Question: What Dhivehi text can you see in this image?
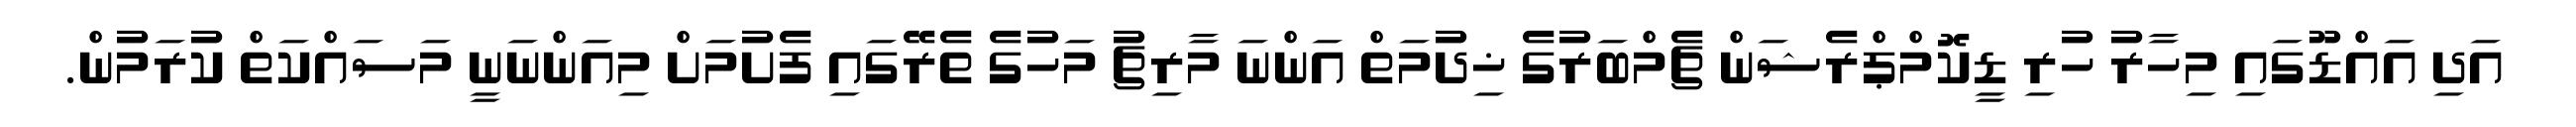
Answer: އަދި އައްޑޫގައި މިހާރު ހުރި ޑީކޮމްޕްރެޝަން ޗެމްބަރުގެ ޚިދުމަތް އަންނަ މާރިޗު މަހުގެ ތެރޭގައި ފެށުމަށް މިއަންނަނީ މަސައްކަތް ކުރަމުން.